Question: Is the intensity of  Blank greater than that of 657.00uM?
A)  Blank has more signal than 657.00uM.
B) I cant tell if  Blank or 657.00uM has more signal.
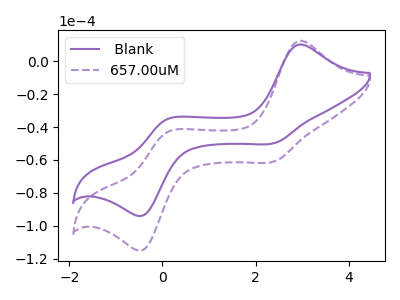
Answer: <think>The purple curve " Blank" has anodic peaks at (2.95V, 10.15uA) (0.10V, -35.45uA) and cathodic peaks at (2.40V, -49.65uA) (-0.40V, -93.55uA). The purple dashed curve "657.00uM" has anodic peaks at (2.95V, 12.40uA) (0.10V, -43.40uA) and cathodic peaks at (2.40V, -60.75uA) (-0.40V, -114.55uA).
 All the peaks in " Blank" have a peak in "657.00uM" at the same potential.</think>
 <answer>B) I cant tell if " Blank" or "657.00uM" has more signal.</answer>
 <eval>B</eval>